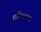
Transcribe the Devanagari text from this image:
शान्तिभन्दा